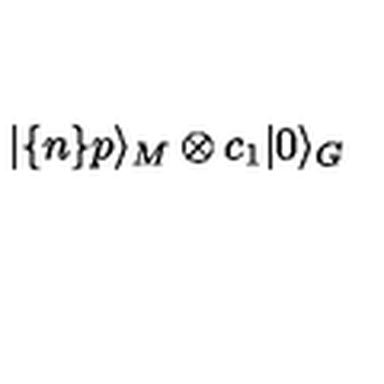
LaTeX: | \{ n \} p \rangle _ { M } \otimes c _ { 1 } | 0 \rangle _ { G }